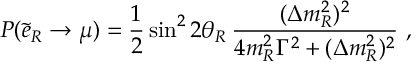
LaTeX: P ( \tilde { e } _ { R } \to \mu ) = \frac { 1 } { 2 } \sin ^ { 2 } 2 \theta _ { R } \, \frac { ( \Delta m _ { R } ^ { 2 } ) ^ { 2 } } { 4 m _ { R } ^ { 2 } \Gamma ^ { 2 } + ( \Delta m _ { R } ^ { 2 } ) ^ { 2 } } \ ,